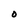
Character: O